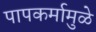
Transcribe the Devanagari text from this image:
पापकर्मामुळे